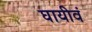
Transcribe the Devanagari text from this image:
घायीवं